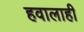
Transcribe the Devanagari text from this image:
हवालाही